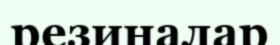
резиналар